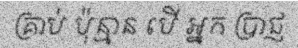
គ្រាប់ ប៉ុន្មាន បើ អ្នក ប្រាជ្ញ